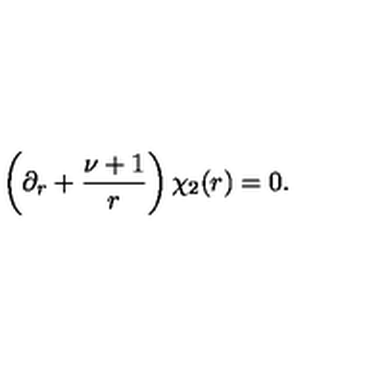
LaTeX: \left( \partial _ { r } + \frac { \nu + 1 } { r } \right) \chi _ { 2 } ( r ) = 0 .